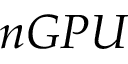
n G P U